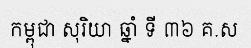
កម្ពុជា សុរិយា ឆ្នាំ ទី ៣៦ គ.ស